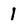
Character: 1